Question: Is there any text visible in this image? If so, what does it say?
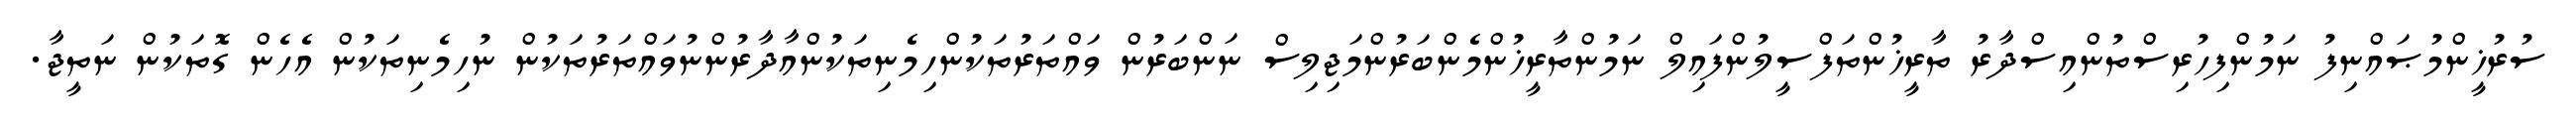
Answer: ސުރުޚީންމުޞައްނިފު ނަމުންފިހުރިސްތުންއިސްދާރު ތާރީޚުންތަފްސީލުންފައިލް ނަމުންތާރީޚުންމެންބަރުންމަޖިލިސް ނަންބަރުން ވައްތަރުތަކުންހިމެނިތަކުންއާދާރުންނުވައްތަރުތަކުން ނުހިމެނިތަކުން އެހެން ގޮތަކުން ނަތީޖާ.